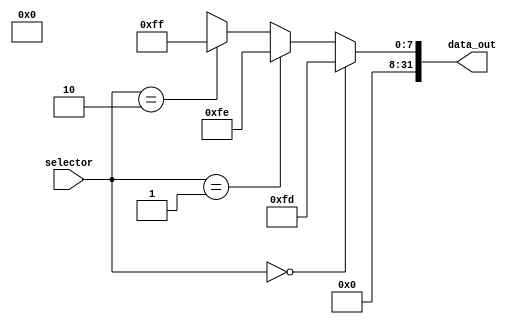
module Mux_ExCause (  
    input wire [1:0] selector,
    output wire [31:0] data_out
);
    assign data_out = (selector == 2'b00) ? 32'd253 :
                      (selector == 2'b01) ? 32'd254 :
                      (selector == 2'b10) ? 32'd255 :
                      2'bxx;
endmodule